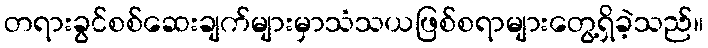
တရားခွင်စစ်ဆေးချက်များမှာသံသယဖြစ်စရာများတွေ့ရှိခဲ့သည်။